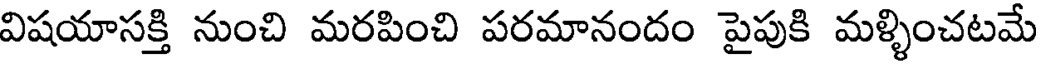
విషయాసక్తి నుంచి మరపించి పరమానందం పైపుకి మళ్ళించటమే